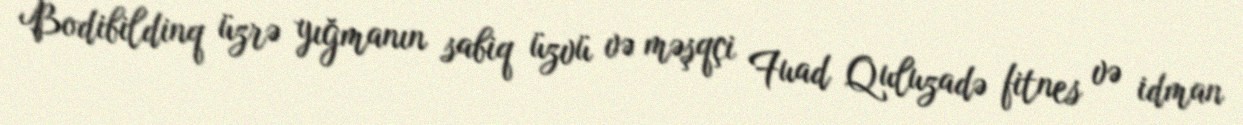
Bodibildinq üzrə yığmanın sabiq üzvü və məşqçi Fuad Quluzadə fitnes və idman